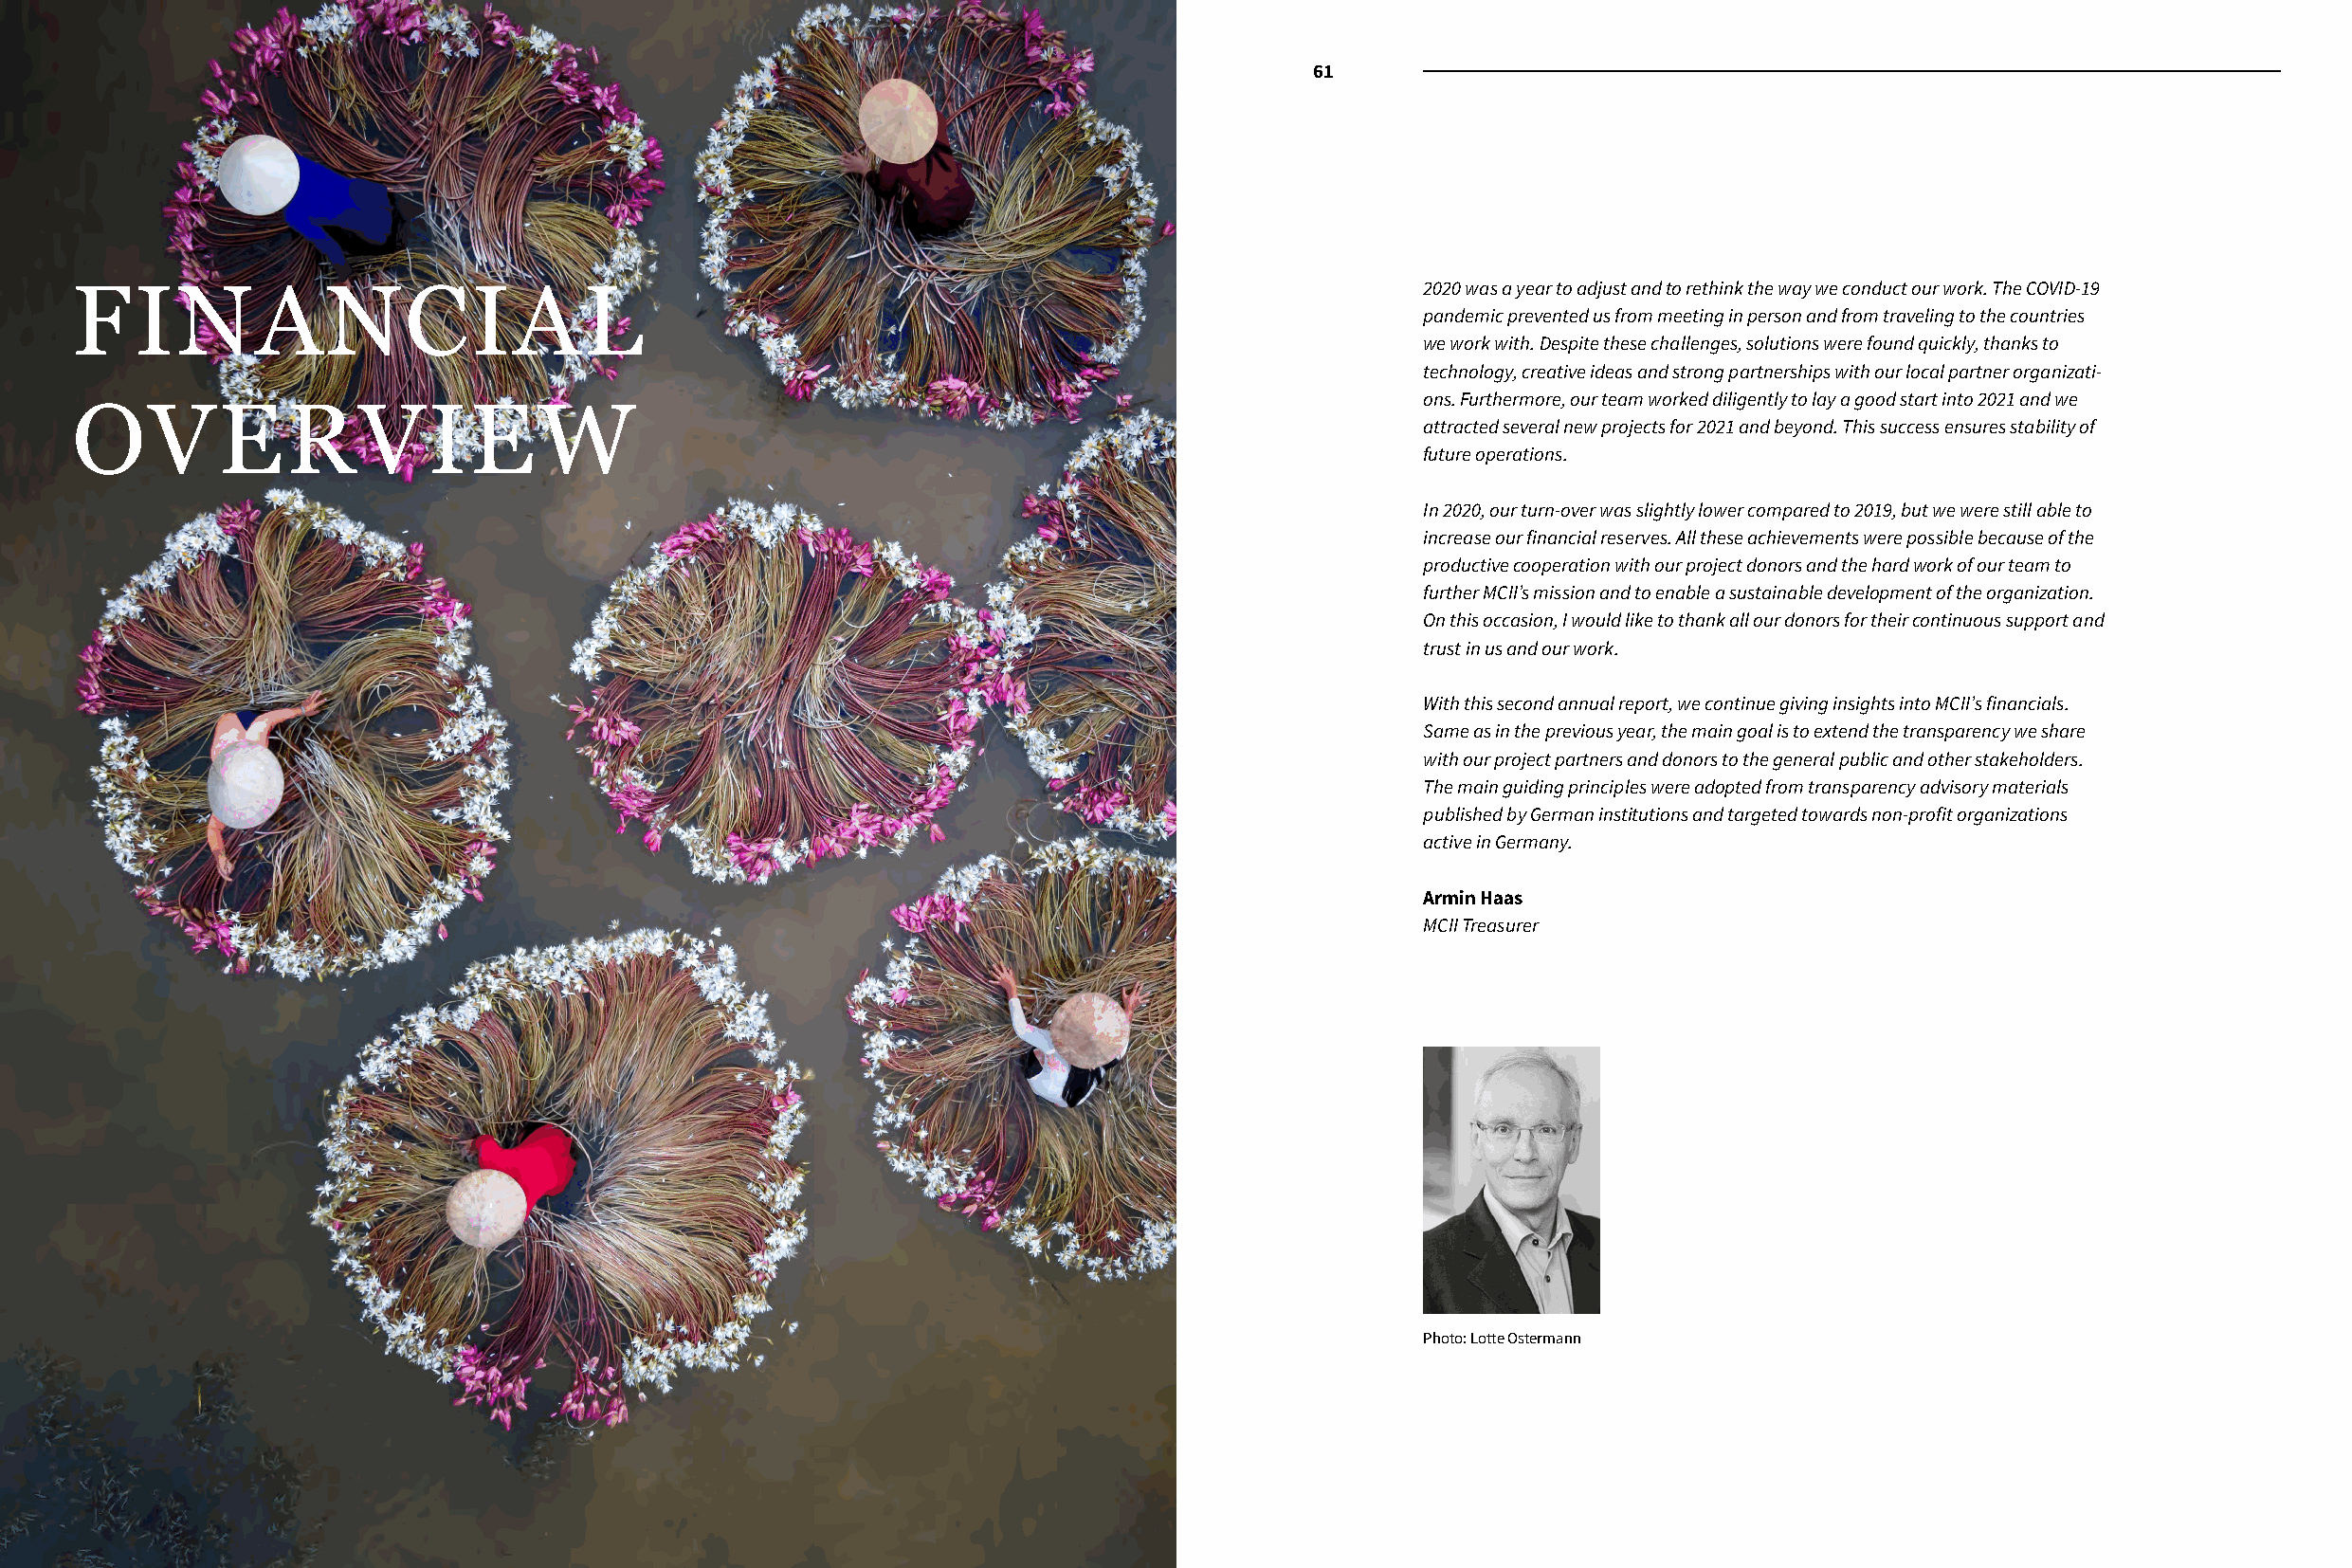
60                   61
 FINANCIAL                                                                                     2020 was a year to adjust and to rethink the way we conduct our work. The COVID-19
 pandemic prevented us from meeting in person and from traveling to the countries
 we work with. Despite these challenges, solutions were found quickly, thanks to
 technology, creative ideas and strong partnerships with our local partner organizati-
 ons. Furthermore, our team worked diligently to lay a good start into 2021 and we
 OVERVIEW
 attracted several new projects for 2021 and beyond. This success ensures stability of
 future operations.
 In 2020, our turn-over was slightly lower compared to 2019, but we were still able to
 increase our financial reserves. All these achievements were possible because of the
 productive cooperation with our project donors and the hard work of our team to
 further MCII’s mission and to enable a sustainable development of the organization.
 On this occasion, I would like to thank all our donors for their continuous support and
 trust in us and our work.
 With this second annual report, we continue giving insights into MCII’s financials.
 Same as in the previous year, the main goal is to extend the transparency we share
 with our project partners and donors to the general public and other stakeholders.
 The main guiding principles were adopted from transparency advisory materials
 published by German institutions and targeted towards non-profit organizations
 active in Germany.
 Armin Haas
 MCII Treasurer
 Photo: Lotte Ostermann